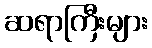
ဆရာကြီးများ